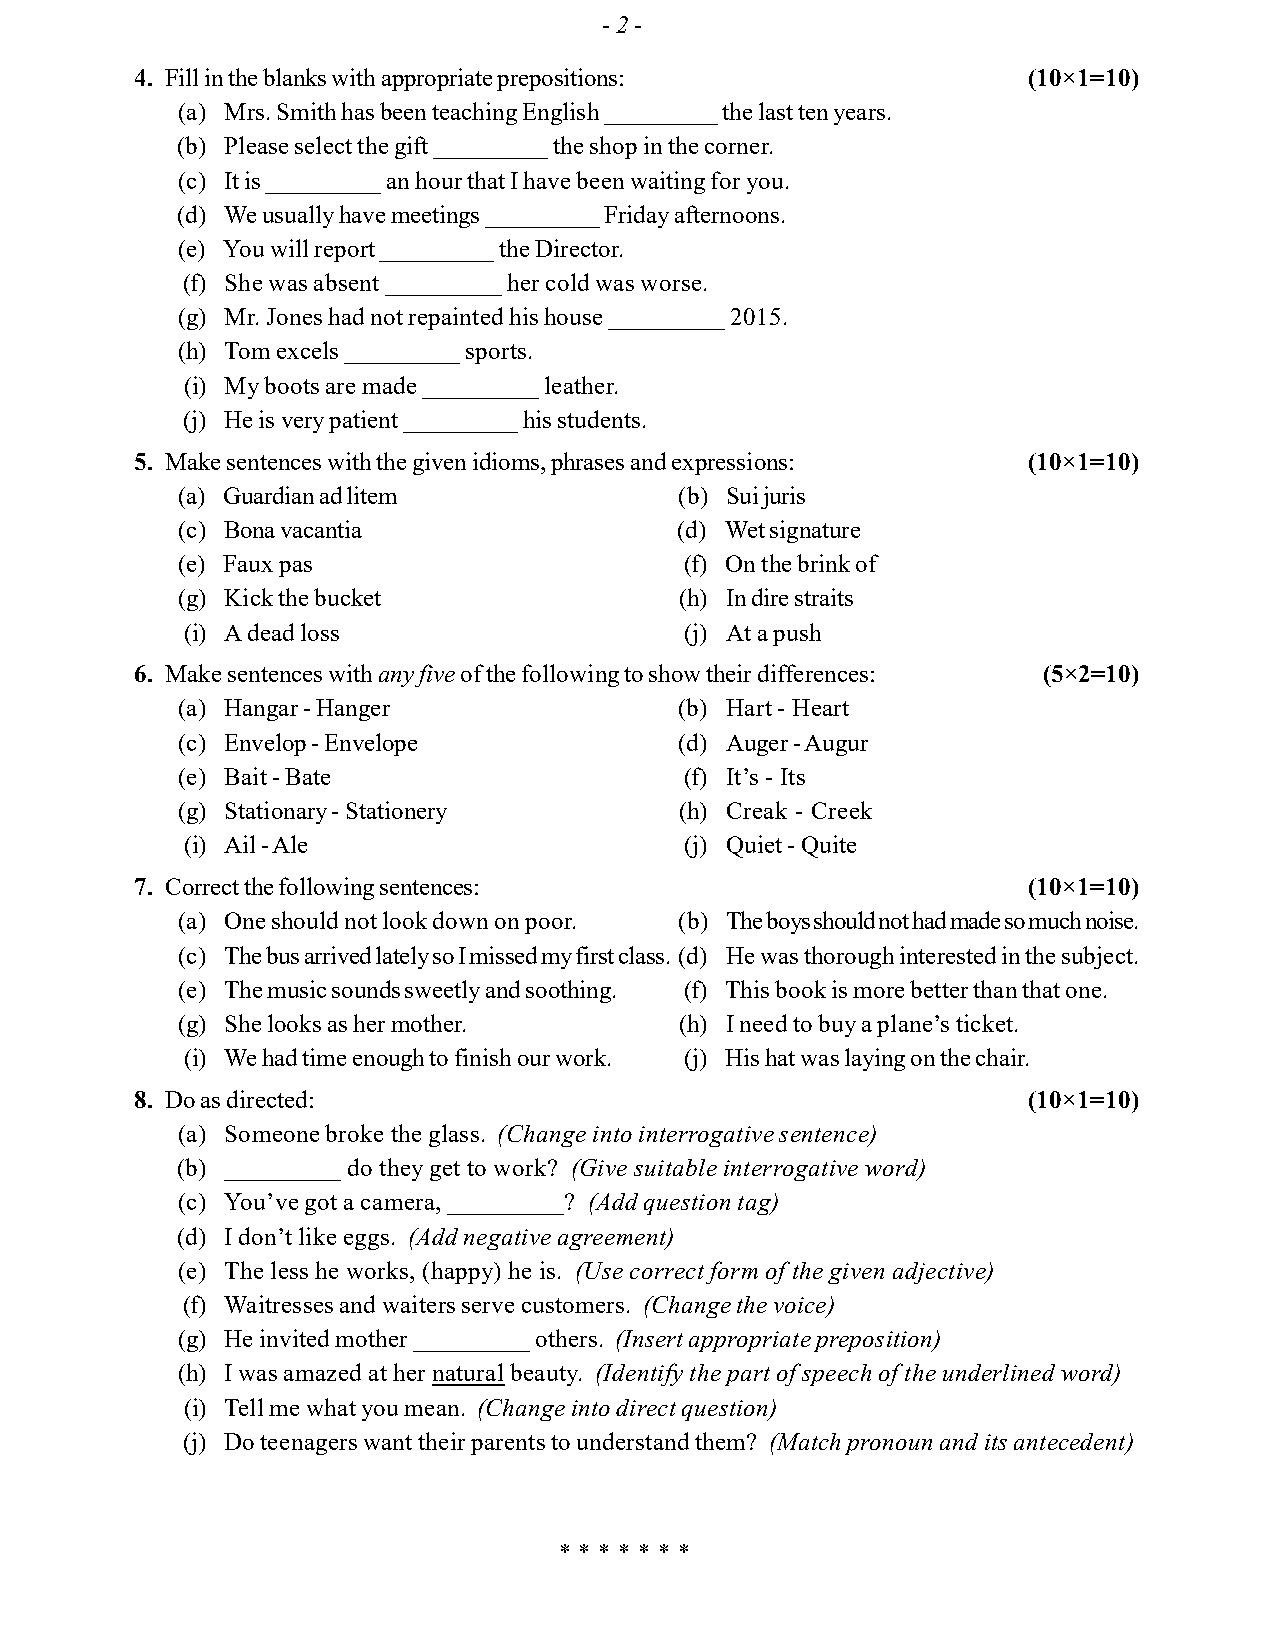
- 2 -
 4. Fill in the blanks with appropriate prepositions:       (10×1=10)
 (a) Mrs. Smith has been teaching English _________ the last ten years.
 (b) Please select the gift _________ the shop in the corner.
 (c) It is _________ an hour that I have been waiting for you.
 (d) We usually have meetings _________ Friday afternoons.
 (e) You will report _________ the Director.
 (f) She was absent _________ her cold was worse.
 (g) Mr. Jones had not repainted his house _________ 2015.
 (h) Tom excels _________ sports.
 (i) My boots are made _________ leather.
 (j) He is very patient _________ his students.
 5. Make sentences with the given idioms, phrases and expressions: (10×1=10)
 (a) Guardian ad litem            (b) Sui juris
 (c) Bona vacantia                (d) Wet signature
 (e) Faux pas                     (f) On the brink of
 (g) Kick the bucket              (h) In dire straits
 (i) A dead loss                  (j) At a push
 6. Make sentences with any five of the following to show their differences: (5×2=10)
 (a) Hangar - Hanger              (b) Hart - Heart
 (c) Envelop - Envelope           (d) Auger - Augur
 (e) Bait - Bate                  (f) It’s - Its
 (g) Stationary - Stationery      (h) Creak - Creek
 (i) Ail - Ale                    (j) Quiet - Quite
 7. Correct the following sentences:                        (10×1=10)
 (a) One should not look down on poor. (b) The boys should not had made so much noise.
 (c) The bus arrived lately so I missed my first class. (d) He was thorough interested in the subject.
 (e) The music sounds sweetly and soothing. (f) This book is more better than that one.
 (g) She looks as her mother.     (h) I need to buy a plane’s ticket.
 (i) We had time enough to finish our work. (j) His hat was laying on the chair.
 8. Do as directed:                                         (10×1=10)
 (a) Someone broke the glass. (Change into interrogative sentence)
 (b) _________ do they get to work? (Give suitable interrogative word)
 (c) You’ve got a camera, _________? (Add question tag)
 (d) I don’t like eggs. (Add negative agreement)
 (e) The less he works, (happy) he is. (Use correct form of the given adjective)
 (f) Waitresses and waiters serve customers. (Change the voice)
 (g) He invited mother _________ others. (Insert appropriate preposition)
 (h) I was amazed at her natural beauty. (Identify the part of speech of the underlined word)
 (i) Tell me what you mean. (Change into direct question)
 (j) Do teenagers want their parents to understand them? (Match pronoun and its antecedent)
 * * * * * * *